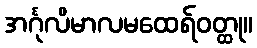
အင်္ဂုလိမာလမထေရ်ဝတ္ထု။